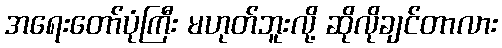
အရေးတော်ပုံကြီး မဟုတ်ဘူးလို့ ဆိုလိုချင်တာလား